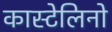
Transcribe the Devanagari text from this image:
कास्टेलिनो